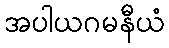
အပါယဂမနီယံ